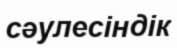
сәулесіндік